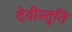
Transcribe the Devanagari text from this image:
देवीस्तुति